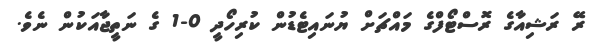
ރޭ ރަޝިއާގެ ރޮސްޓޯފްގެ މައްޗަށް ޔުނައިޓެޑުން ކުރިހޯދީ 0-1 ގެ ނަތީޖާއަކުން ނެވެ.